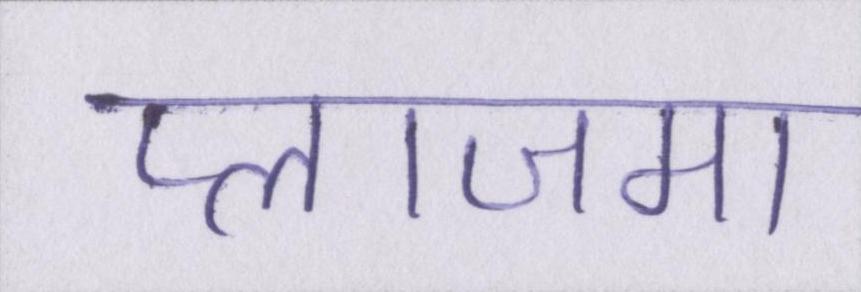
प्लाजमा